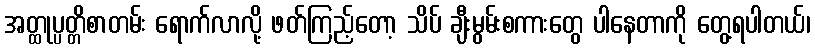
အတ္ထုပ္ပတ္တိစာတမ်း ရောက်လာလို့ ဖတ်ကြည့်တော့ သိပ် ချီးမွမ်းစကားတွေ ပါနေတာကို တွေ့ရပါတယ်၊